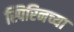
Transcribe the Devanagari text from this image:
स्पिरिनच्या